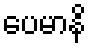
ပေမာနိ